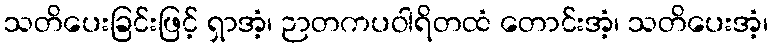
သတိပေးခြင်းဖြင့် ရှာအံ့၊ ဉာတကပဝါရိတထံ တောင်းအံ့၊ သတိပေးအံ့၊